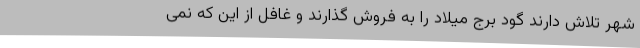
شهر تلاش دارند گود برج میلاد را به فروش گذارند و غافل از این که نمی